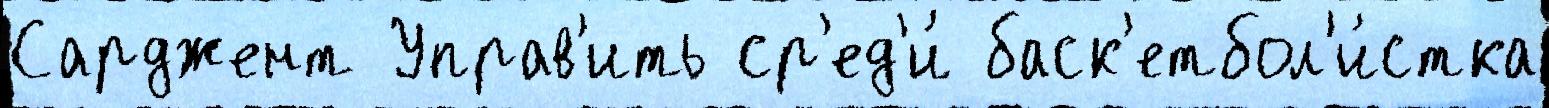
Сарджент Управ'ить ср'ед'и́ баск'етбол'и́стка